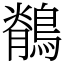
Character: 鶺